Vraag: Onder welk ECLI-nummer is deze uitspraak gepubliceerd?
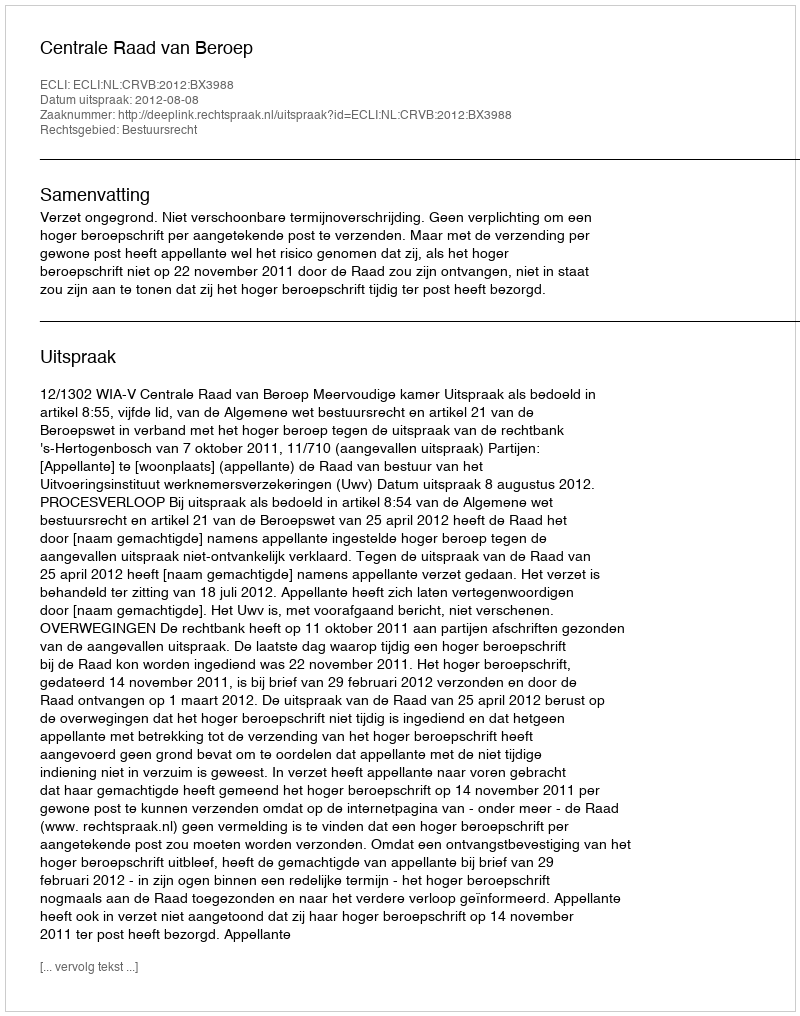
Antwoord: ECLI:NL:CRVB:2012:BX3988